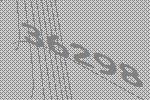
36298